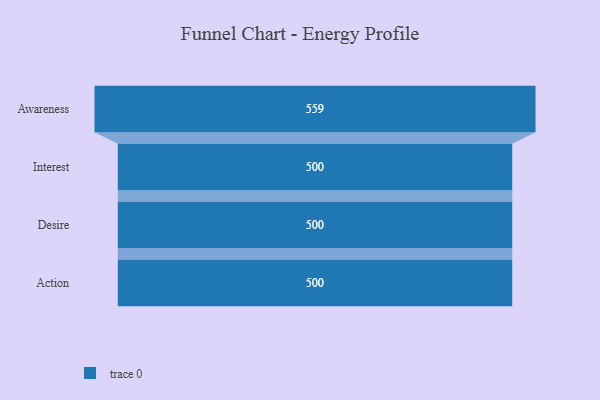
{"axis": {"x": "Stage", "y": "Value"}, "legend": [""], "data": [{"x": "Awareness", "y": 559.0, "type": ""}, {"x": "Interest", "y": 500, "type": ""}, {"x": "Desire", "y": 500, "type": ""}, {"x": "Action", "y": 500, "type": ""}]}